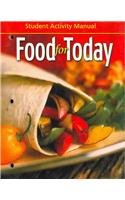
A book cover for Food for Today: Student Activity Manual; Helen Kowtaluk; Teen & Young Adult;